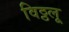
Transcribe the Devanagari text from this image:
विठ्ठलू